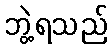
ဘွဲ့ရသည်